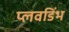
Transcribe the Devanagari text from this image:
प्लवडिंभ